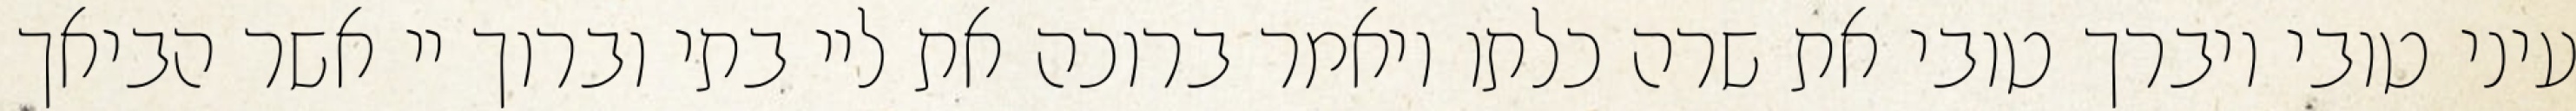
עיני טובי ויברך טובי את שרה כלתו ויאמר ברוכה את ליי בתי וברוך יי אשר הביאך